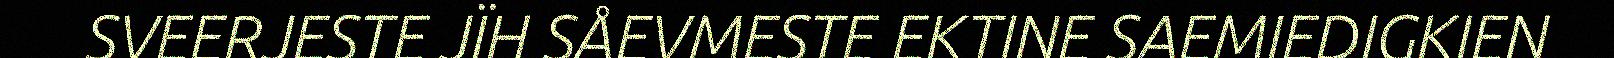
SVEERJESTE JÏH SÅEVMESTE EKTINE SAEMIEDIGKIEN